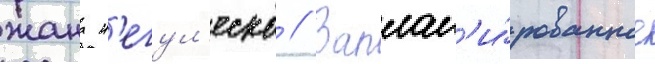
жана н'егул'еско // Заплан'и́рованное